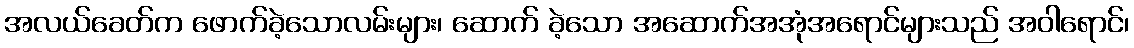
အလယ်ခေတ်က ဖောက်ခဲ့သောလမ်းများ၊ ဆောက် ခဲ့သော အဆောက်အအုံအရောင်များသည် အဝါရောင်၊